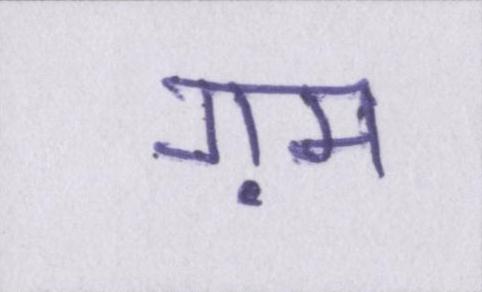
ग़म